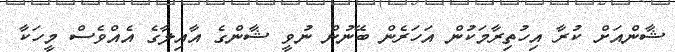
ޝާންއަށް ކުރާ އިހުތިރާމަކުން އަހަރެން ބޭނުން ނުވީ ޝާންގެ އާއިލާގެ އެއްވެސް މީހަކާ